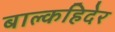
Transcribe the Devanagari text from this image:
बाल्कहिदेर